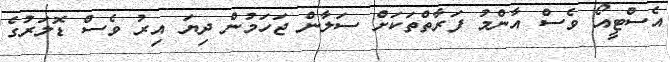
އެސްޓީއޯ ވެސް އާންމު ފަރާތްތަކަށް ސަލާން ޖަހަމުން ދިޔަ އިރު ވެސް ޑޮލަރުގެ